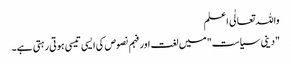
واللہ تعالٰی اعلم
"دینی سیاست" میں لغت اور فہم نصوص کی ایسی تیسی ہوتی رہتی ہے۔